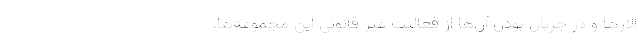
الارها و در جریان بودن آن‌ها از فعالیت غیر قانونی این مجموعه‌ها،